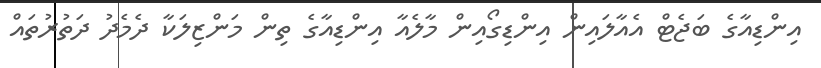
އިންޑިއާގެ ބަޖެޓް އެއާލައިން އިންޑިގޯއިން މާލެއާ އިންޑިއާގެ ތިން މަންޒިލަކާ ދެމެދު ދަތުރުތައް